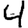
Digit: 4